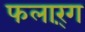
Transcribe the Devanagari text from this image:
फलार्ंग